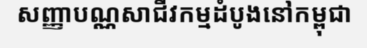
សញ្ញាបណ្ណសាជីវកម្មដំបូងនៅកម្ពុជា